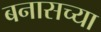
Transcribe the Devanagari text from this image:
बनासच्या